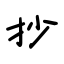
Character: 抄